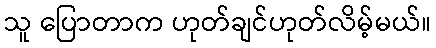
သူ ပြောတာက ဟုတ်ချင်ဟုတ်လိမ့်မယ်။